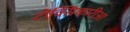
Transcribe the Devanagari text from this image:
टोक्सिकारीआ